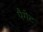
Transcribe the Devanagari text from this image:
पैगेट